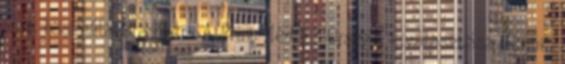
print használatára Miért A Print Média? Ország kiválasztása Kérjük,